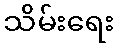
သိမ်းရေး